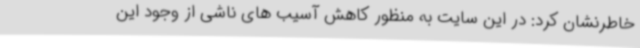
خاطرنشان کرد: در این سایت به منظور کاهش آسیب های ناشی از وجود این